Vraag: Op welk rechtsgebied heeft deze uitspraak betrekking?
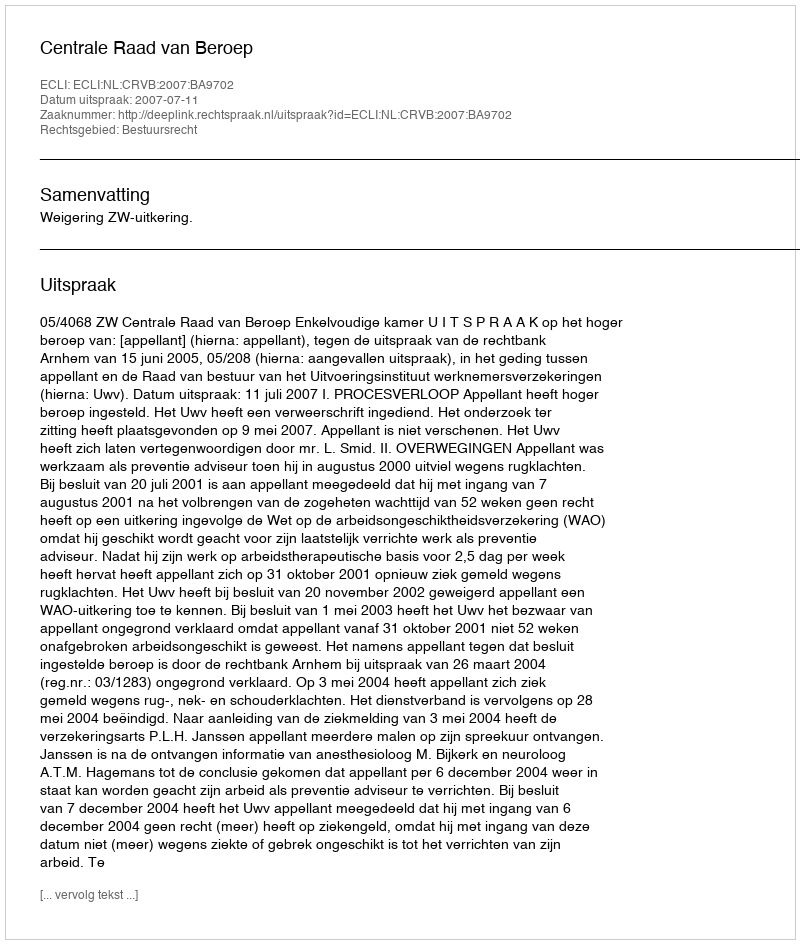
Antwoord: Bestuursrecht